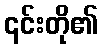
၎င်းတို၏